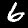
Label: 6